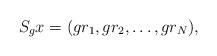
LaTeX: \begin{gather*}S_gx=(g r_1,g r_2, \dots, g r_N),\end{gather*}